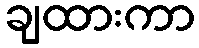
ချထားကာ